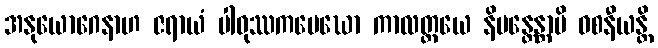
အနုယောဂေနာဟ ဇရာယံ ပါဝုဿကမေဃော ကာလတ္တယေ နိမန္တေန္တာပိ ဝစနီယန္တိ